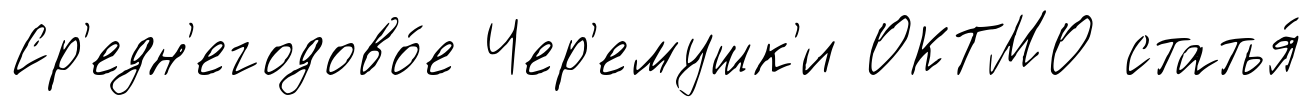
Ср'едн'егодово́е Чер'емушк'и ОКТМО статья́